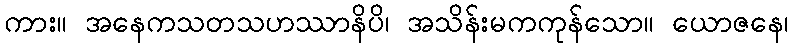
ကား။ အနေကသတသဟဿာနိပိ၊ အသိန်းမကကုန်သော။ ယောဇနေ၊